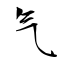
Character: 气